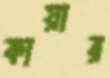
কায়ার